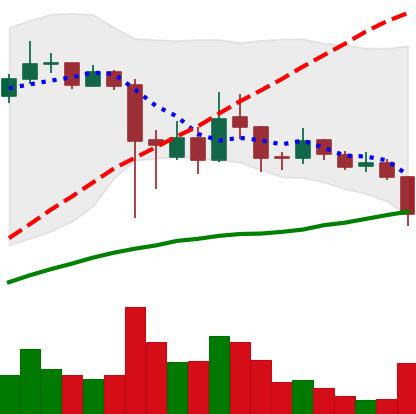
Ticker: ADA-USD
Chart end date: 2021-09-20
Forward return: 11.509%
Label: up_7plus